Vaccination in Bombay 1902-1912 - 1902-1912
Year: 1902
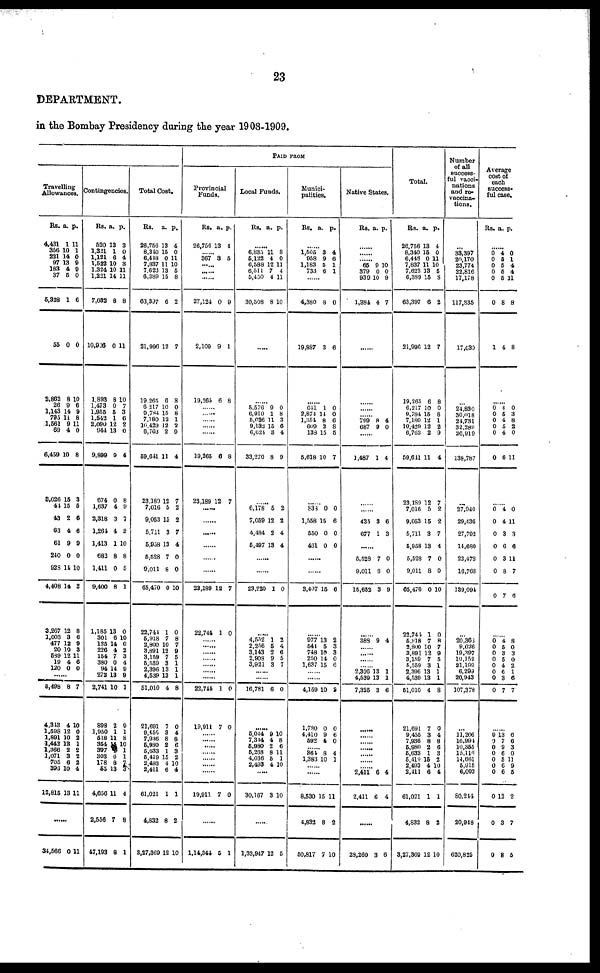
23
DEPARTMENT.
in the Bombay Presidency during the year 1908-1909.
PAID FROM
Travelling
Allowances.
Rs.
4,431
356
221
97
183
37
5,328
55
2,862
26
1,143
795
1,561
69
6,459
3,026
41
43
63
61
240
928
4,408
3,267
1,003
477
20
589
19
120
a.
1
10
14
13
4
5
1
0
8
9
14
11
9
4
10
15
15
2
4
9
0
11
14
12
3
12
10
12
4
0
p.
11
1
0 9
9
0
6
0
10
6
9
8
11
0
8
3
5
6
6
0
0
10
3
8
6
9
3
11
6
0
......
5,498
4,343
1,598
1,891
1,442
1,366
1,071
705
396
12,815
8
4
12
10
13
2
3
6
10
13
7
10
0
2
1
2
2
2
4
11
......
34,566 0 11
Contingencies.
Rs.
520
1,321
1,121
1,522
1,324
1,221
7,033
10,906
1,893
1,473
1,955
1,542
2,090
944
9,899
674
1,687
2,318
1,2614
1,413
682
1,411
9,400
1,185
301
125
226
154
380
94
272
2,741
893
1,950
518
354
397
303
178
55
4,656
2,556
47,193
a.
13
1
6
10
10
14
8
0
8
0
5
1
122
13
9
0
4
3
4
1
8
0
8
13
6
14
4
7
0
14
13
10
2
1
11
11
1
6
8
13
11
7
8
p.
3
0
4
3 11
11
8
11
10
7
3
6
2
0
4
8
9
7
2
10
8
5
1
0
10
0
2
3
4
9
9
1
9
1
8
10
1
1
7 3
4
8
1
Total Cost.
Rs.
26,756
8,340
6,448
7,837
7,623
6,389
63,397
21,996
19 265
6 217
9,784
7,180
10,429
6,763
59,641
23,180
7,016
9,053
5,711
5,958
5,528
9,011
65,470
22,744
5,918
2,800
3,891
3,159
5,559
2,396
4,539
51,010
21,691
9,455
7,936
5,980
5,633
5,419
2,493
2,411
61,021
4,832
3,27,369
a.
13
5
0
11
13
15
6
12
6
10
15
12
12
2
11
12
5
15
3
13
7
8
0
1
7
10
12
7
3
13
13
4
7
3
8
2
1
15
4
6
1
8
12
p.
4
0
11
10
5
8
2
7
8
1
8
1
2
9
4
7
2
2
7
4
0
0
10
0
8
7
9
5
1
1
1
8
0
4
8
6
3
2
10
4
1
2
10
Provincial
Funds.
Rs.
26,756
a.
13
p.
4
...... 367 3 5
......
......
......
27,124
2,109
19,265
0
9
6
9
1
8
......
......
......
......
19,265
23,189
6
12
8
7
......
......
......
......
......
23,189
22,744
12
1
7
0
......
......
......
......
......
......
......
22,744
19,911
1
7
0
0
......
......
......
......
......
......
......
19,911 7 0
......
1,14,344 5 1
Local Funds.
Rs.
a. p.
......
6,835
5,122
6,588
6,511
5,450
30,508
11
4
12
7
4
8
8
0
11
4
11
10
......
5,576
6,910
5,026
9,132
6,024
33,270
9 1
11
15
3
8
0
8
3
6
4
9
......
6,178
7,059
4,484
5,497
5
12
2
13
2
2
4
4
......
......
23,220 1 0
......
4,552
2,256
3,143
2,908
3,921
1
5
2
9
3
2
4
6
5
7
......
......
16,781 6 0
......
5,044
7,344
5,980
5,268
4,036
2,493
9
4
2
8
5
4
10
8
6
11
1
10
......
30,167 3 10
......
1,33,947 12 5
Munici-
palities.
Rs.
a. p.
......
1,505
958
1,183
733
3
9
5
6
4
6
1
1
......
4,380
19,887
8
3
0
6
......
641
2,874
1,354
609
138
5,618
1
14
8
3
15
10
0
0
6
8
5
7
......
838
1,558
550
461
0
15
0
0
0
6
0
0
......
......
3,407 15 6
......
977
544
748
250
1,637
13
5
10
14
15
2
3
3
0
6
......
......
4,159
1,780
4,410
592
10
0
9
4
2
0
6
0
...... 364
1,383
8
10
4
1
......
......
8,530
4,832
50,817
15
8
7
11
2
10
Native States.
Rs. a. p.
......
......
... 65
379
939
1,384
9
0
10
4
10
0
9
7
......
......
......
...... 799
687
8
9
4
0
1,487 1 4
......
......
435
677
3
1
6
3
......
5,528
9,011
15,652
7
8
3
0
0
9
......
388 9 4
......
......
......
...... 2,396
4,539
7,325
13
13
3
1
1
6
......
......
......
......
......
......
...... 2,411
2,411
6
6
4
4
......
28,260 3 6
Total.
Rs.
26,756
8,340
6,448
7,837
7,623
6,389
63,397
21,996
19,265
6,217
9,784
7,180
10,429
6,763
59,641
23,189
7,016
9,053
5,711
5,958
5,528
9,011
65,470
22,744
5,918
2,800
3,891
3,159
5,559
2,396
4,539
51,010
21,691
9,455
7,936
5,980
5,633
5,419
2,493
2,411
61,021
4,832
3,27,369
a.
13
15
0
11
13
15
6
12
6
10
15
12
12
2
11
12
5
15
3
13
7
8
0
1
7
10
12
7
3
13
13
4
7
3
8
2
1
15
4
6
1
8
12
p.
4
0
11
10
5
8
2
7
8
0
8
1
2
9
4
7
2
2
7
4
0
0
10
0
8
7
9
5
1
1
1
8
0
4
8 6
3
2
10
4
1
2
10
Number
of all
success-
ful vacci-
nations
and re¬
vaccina-
tions.
...
33,397
20,170
23,774
22,816
17,178
117,835
17,039
...
24,830
30,018
24,731
32,289
26,919
138,787
...
27,940
29,436
27,792
14,680
22,478
16,768
139,094
...
20,362
9,026
19,397
10,152
21,199
6,299
20,943
107,378
...
11,206
16,994
10,355
15,110
14,661
5,915
6,003
80,244
20,948
620,825
Average
cost of
each
success¬
ful case.
Rs. a. p.
......
0
0
0
0
0
0
1
4
5
5
5
5
8
4
0
1
4
4
11
8
8
......
0
0
0
0
0
0
4
5
4
5
4
6
0
3
8
2
0
11
......
0
0
0
0
0
0
0
4
4
3
6
3
8
7
0
11
3
6
11
7
6
......
0
0
0
0
0
0
0
0
4
5
3
5
4
6
3
7
8
0
3
0
2
1
6
7
......
0
0
0
0
0
0
0
0
0
0
13
7
9
6
5
6
6
12
3
8
6
6
3
0
11
9
5
2
7
5